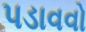
પડાવવો